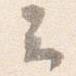
云